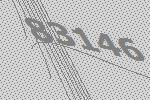
83146